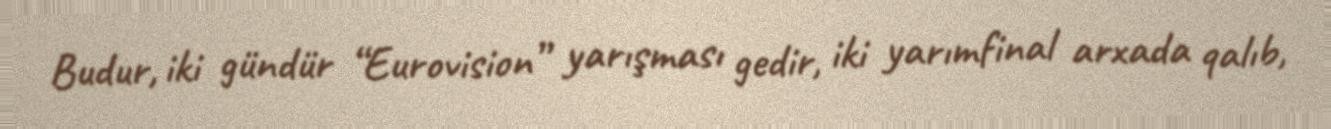
Budur, iki gündür “Eurovision” yarışması gedir, iki yarımfinal arxada qalıb,